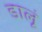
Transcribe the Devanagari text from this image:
डालूं